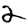
Digit: 2